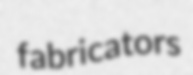
fabricators